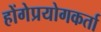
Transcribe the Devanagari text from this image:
होंगेप्रयोगकर्ता